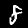
Digit: 8